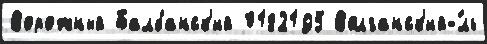
Ворожный Балбанск'ий 0182195 Волганск'ий-́ль